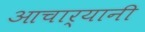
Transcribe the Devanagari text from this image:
आचार्यानी